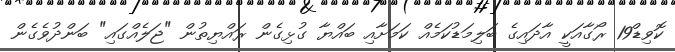
ކޮވިޑް19 ރޯގާއަކީ އާދައިގެ ބަލިމަޑުކަމެއް ކަމަށާއި ބައްޔާ ގުޅިގެން ރައްޔިތުން "ޖަލެއްގައި" ބަންދުވެގެން